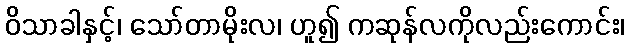
ဝိသာခါနှင့်၊ သော်တာမိုးလ၊ ဟူ၍ ကဆုန်လကိုလည်းကောင်း၊